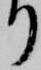
り